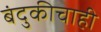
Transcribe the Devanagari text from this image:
बंदुकीचाही